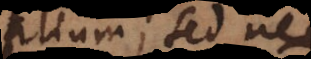
imalium; sed nec